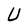
Character: U